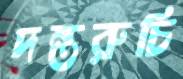
দন্তরুচি